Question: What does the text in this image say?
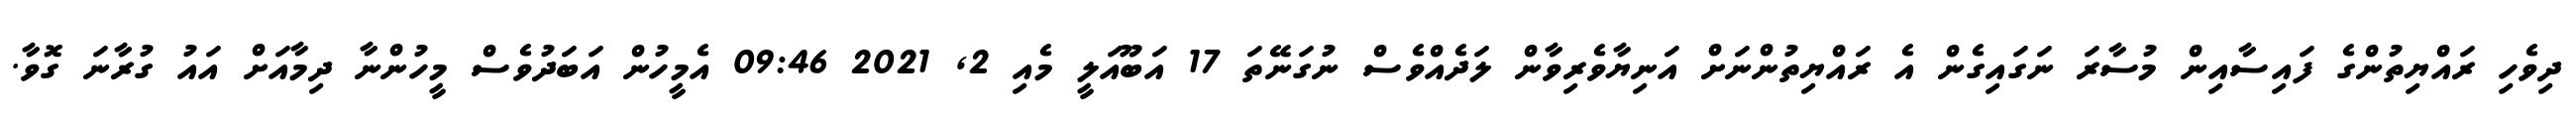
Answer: ދިވެހި ރައްޔިތުންގެ ފައިސާއިން މުސާރަ ނަގައިގެން އެ ރައްޔިތުންނަށް އަނިޔާވެރިވާން ލަދެއްވެސް ނުގަނޭތަ 17 އަބޫއަލީ މެއި 2, 2021 09:46 އެމީހުން އަބަދުވެސް މީހުންނާ ދިމާއަށް އައު ގުރާނަ ގޮވާ.